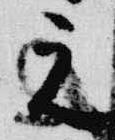
元